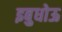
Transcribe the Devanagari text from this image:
इबुधोऊ